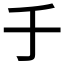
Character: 𠂌